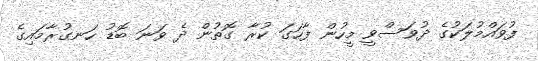
ފުވައްމުލަކުގެ ދުވަސްވީ މީހުން ފާހަގަ ކުރާ ގޮތުން ދެ ވަނަ ބޮޑު ހަނގުރާމައިގެ